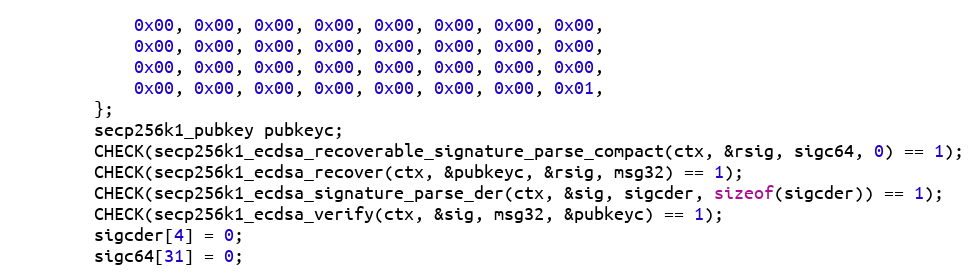
Language: C
            0x00, 0x00, 0x00, 0x00, 0x00, 0x00, 0x00, 0x00,
            0x00, 0x00, 0x00, 0x00, 0x00, 0x00, 0x00, 0x00,
            0x00, 0x00, 0x00, 0x00, 0x00, 0x00, 0x00, 0x00,
            0x00, 0x00, 0x00, 0x00, 0x00, 0x00, 0x00, 0x01,
        };
        secp256k1_pubkey pubkeyc;
        CHECK(secp256k1_ecdsa_recoverable_signature_parse_compact(ctx, &rsig, sigc64, 0) == 1);
        CHECK(secp256k1_ecdsa_recover(ctx, &pubkeyc, &rsig, msg32) == 1);
        CHECK(secp256k1_ecdsa_signature_parse_der(ctx, &sig, sigcder, sizeof(sigcder)) == 1);
        CHECK(secp256k1_ecdsa_verify(ctx, &sig, msg32, &pubkeyc) == 1);
        sigcder[4] = 0;
        sigc64[31] = 0;